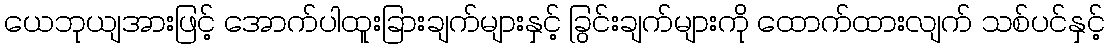
ယေဘုယျအားဖြင့် အောက်ပါထူးခြားချက်များနှင့် ခြွင်းချက်များကို ထောက်ထားလျက် သစ်ပင်နှင့်